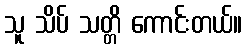
သူ သိပ် သတ္တိ ကောင်းတယ်။